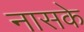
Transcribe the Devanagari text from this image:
नासके